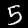
Label: 5